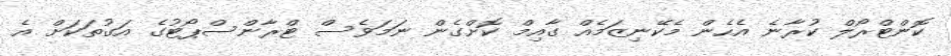
ކޮންޓްރޯލް ކުރާނެ އެހެން މެކޭނިޒަމެއް ގާއިމް ކޮށްގެން ނަމަވެސް ޓްރާންސްޕޯޓުގެ އަގުތަކަށް އެ